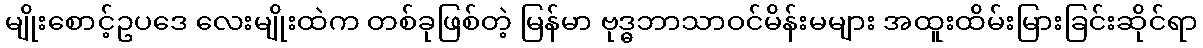
မျိုးစောင့်ဥပဒေ လေးမျိုးထဲက တစ်ခုဖြစ်တဲ့ မြန်မာ ဗုဒ္ဓဘာသာဝင်မိန်းမများ အထူးထိမ်းမြားခြင်းဆိုင်ရာ